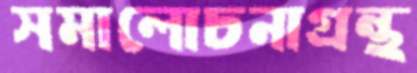
সমালোচনাগ্রন্থ